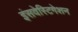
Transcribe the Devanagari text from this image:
इंसवेस्टिगेशन